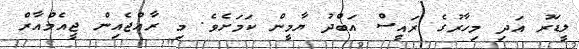
ލީޑަރު އަދި މިހާރުގެ ރައީސް އަބްދު ޔާމީން ކަމަށެވެ. މި ރާއްޖެއިން ޖީއެމްއާރް